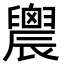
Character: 䢉